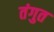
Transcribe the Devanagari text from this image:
तंगुत